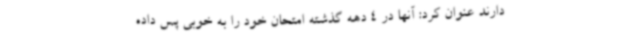
دارند عنوان کرد: آنها در 4 دهه گذشته امتحان خود را به خوبی پس داده